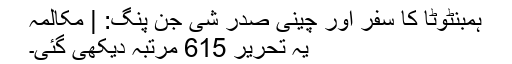
ہمبنٹوٹا کا سفر اور چینی صدر شی جن پنگ: | مکالمہ
یہ تحریر 615 مرتبہ دیکھی گئی۔